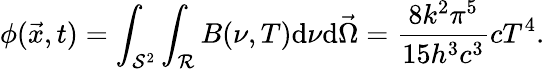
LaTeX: \phi(\vec{x},t)=\int_{\mathcal{S}^{2}}\int_{\mathcal{R}}B(\nu,T)\mathrm{d}\nu\mathrm{d}\vec{\Omega}=\frac{8k^{2}\pi^{5}}{15h^{3}c^{3}}cT^{4}.